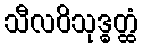
သီလဝိသုဒ္ဓတ္ထံ